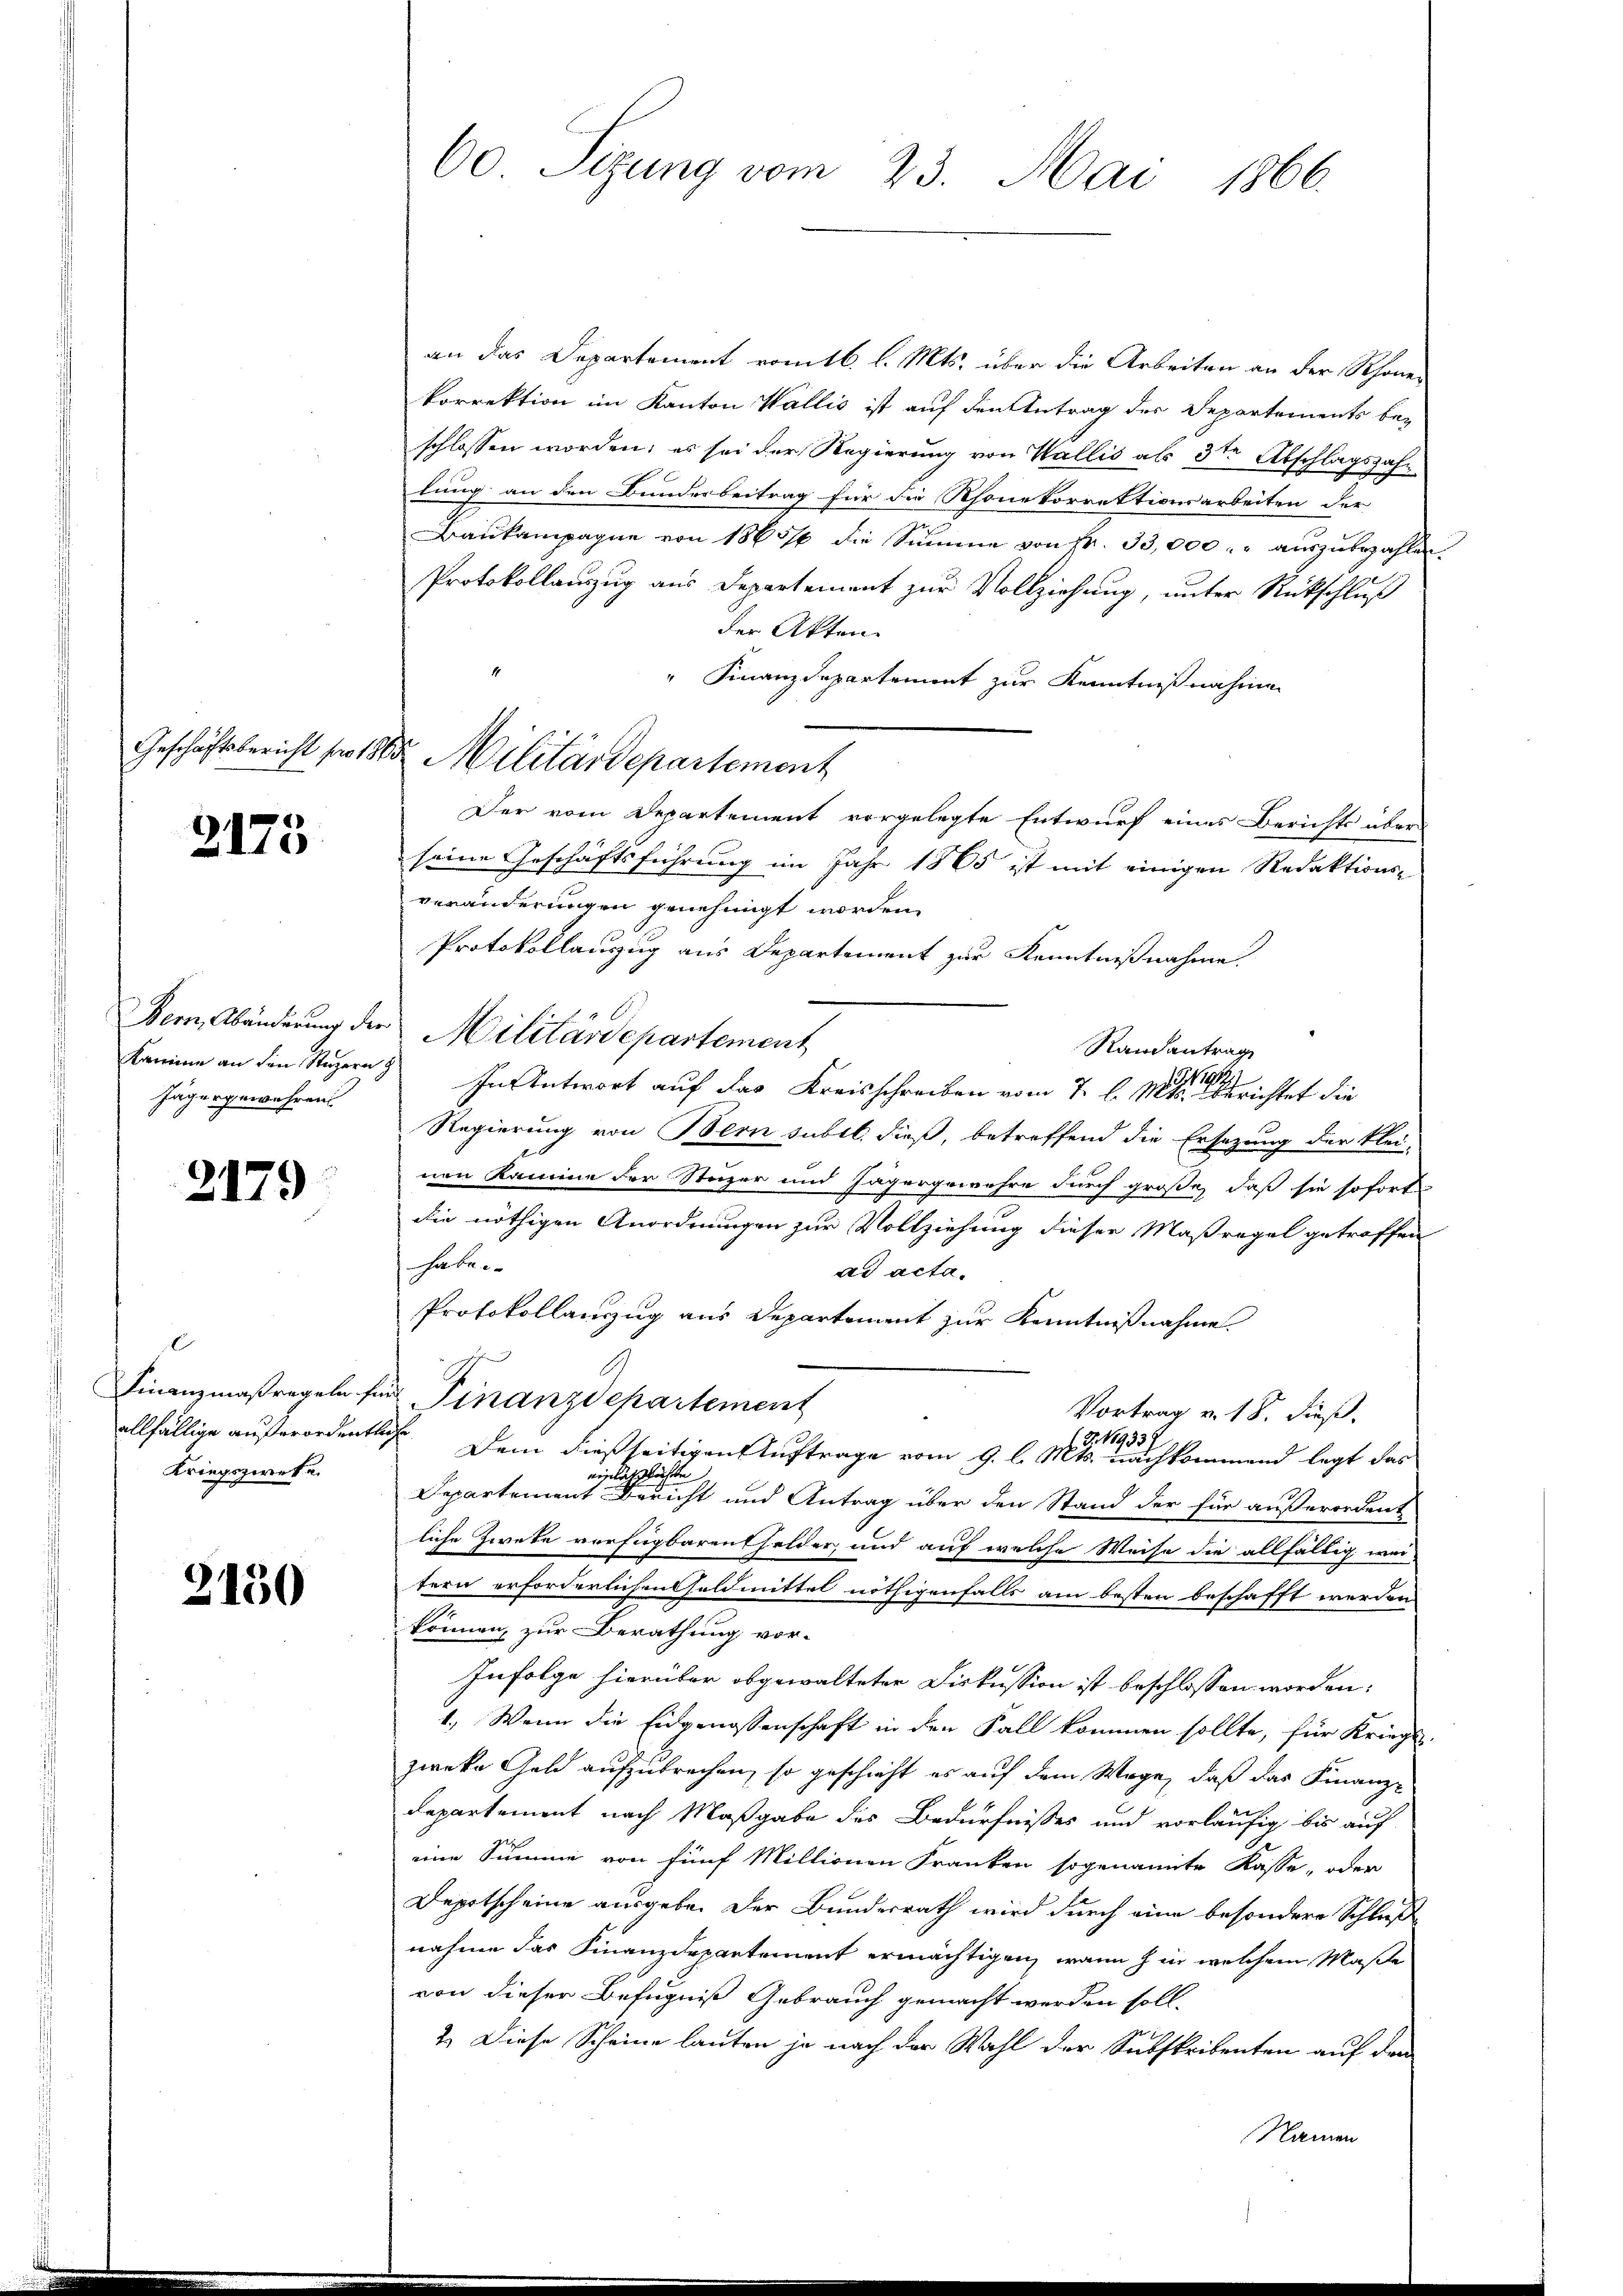
2175

Bern, Abänderung de
Kamme an den Stuzern
Jägergewähren

2179

C
Finanzmaßregeln f
allfällige außerordent
Kriegszwecke.

2130

60 Sizung vom 23. Mai 1866.

Geschäftsbericht für 1880 Militärdepartement

an das Departement vom 16. l. Mts. über die Arbeiten an der Schonen
korrektion im Kanton Wallis ist auf den Antrag der Departements bez
schlossen worden; es sei der Regierung von Wallis als 3ten Abschlagszahlung an den Bundesbeitrag für die Rhonekorrektionsarbeiten der
Baukampagne von 1863/6 die Summe von Fr. 33,000. auszubezahlen,
Protokollauszug aus Departement zur Vollziehung, unter Rückschluß
der Akten.
" Finanzdepartement zur Kenntnißnahmen
Der vom Departement vorgelegte Entwurf eines Berichts über
seine Geschäftsführung im Jahr 1865 ist mit einigen Redaktions-
veränderungen genehmigt worden.
Protokollauszug aus Departement zur Kenntnißnahme.
"Militärdepartement
Randantrage
.
In Antwort auf das Kreisschreiben vom 7. d. Mts. Berichtet die
Regierung von Bern subit. dieß, betreffend die Ersezung der klei-
nen Kamme der Steger und Jägergewahre durch große, daß sie sofort
die nöthigen Anordnungen zur Vollziehung dieser Maßregel getroffen
haben
ad acta.
Protokollanzug aus Departement zur Kenntnißnahme.
h
s Finanzdepartement
Vortrag v. 18. Fuß.
Lehe
G. 19339
Dem dießseitigen Auftrage vom 9. l. Mts. nachkommend legt das
öchte
wilch
Departement Bericht und Antrag über den Stand der für außerordent
liche Zweke verfügbarentfelder, und auf welche Weise die allfällig wei-
tern erforderlichen Geldmittel nöthigenfalls am besten beschafft werden
können, zur Berathung vor-
Infolge hierüber abgewalteter Diskussion ist beschlossen worden.
1.) Wenn die Eidgenossenschaft in den Fall kommen sollte, für Kriegl.
zweke Geld aufzubrechen, so geschieht es auf dem Wege, daß das Finanz-
E
departement nach Maßgabe des Bedürfnisses und vorläufig bis auf
eine Summe von fünf Miltionen Franken sogenannte Kasse, oder
Depotscheine ausgeben der Bundesrath wird durch eine besondere Schluß
nahme das Finanzdepartement ermächtigen, wann hin welchem Maße
von dieser Befugniß Gebrauch gemacht werden soll.
2.) Diese Scheine lauten ja nach der Wahl der Subskribenten auf den
Namen